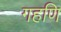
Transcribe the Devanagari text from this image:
गहणि